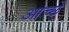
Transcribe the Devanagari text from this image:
आच्छे